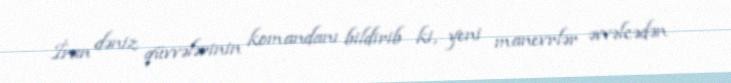
İran dəniz qüvvələrinin komandanı bildirib ki, yeni manevrlər əvvəlcədən